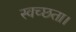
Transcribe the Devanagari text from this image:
स्वच्छता।